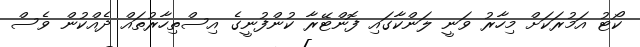
ކޯޓު އަމުރަކަށް މިހާރު ވަނީ ލަންކާގައި ފޮންޓޭރާ ކުންފުނީގެ އިސްތިހާރުތައް ދެއްކުން ވެސް